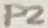
Text: P2